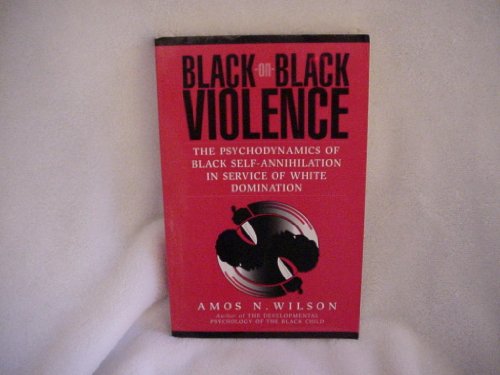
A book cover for Black-On-Black Violence: The Psychodynamics of Black Self-Annihilation in Service of White Domination; Amos N. Wilson; Politics & Social Sciences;